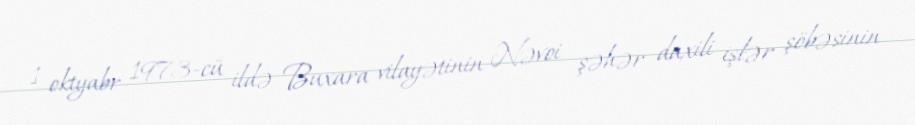
1 oktyabr 1973-cü ildə Buxara vilayətinin Nəvoi şəhər daxili işlər şöbəsinin